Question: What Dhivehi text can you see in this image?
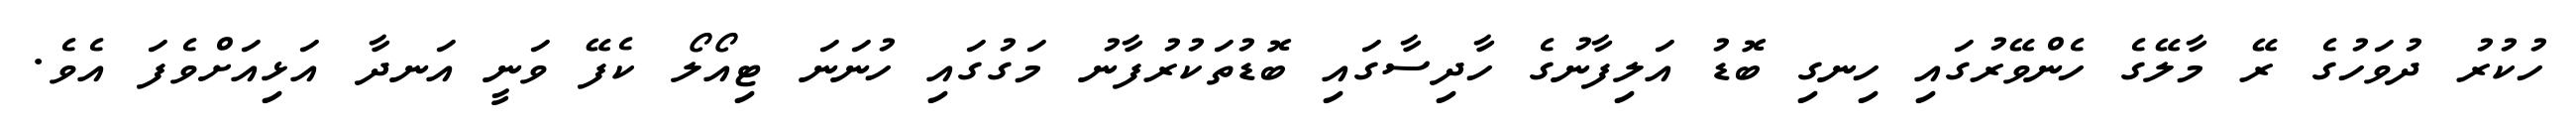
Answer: ހުކުރު ދުވަހުގެ ރޭ މާލޭގެ ހެންވޭރުގައި ހިނގި ބޮޑު އަލިފާނުގެ ހާދިސާގައި ބޮޑުތަކުރުފާނު މަގުގައި ހުނަނަ ޓިއޯލޯ ކެފޭ ވަނީ އަނދާ އަޅިއަށްވެފަ އެވެ.